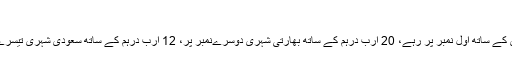
پاکستانی چوتھے نمبر پر
مختصراً کہا جائے تو دبئی میں پراپرٹی کے شعبے میں مقامی افراد 34.4 ارب سرمایہ کاری کے ساتھ اول نمبر پر رہے، 20 ارب درہم کے ساتھ بھارتی شہری دوسرےنمبر پر، 12 ارب درہم کے ساتھ سعودی شہری تیسرے نمبر پر اور 7 ارب درہم سرمایہ کاری کے ساتھ پاکستانی سرمایہ کار چوتھے نمبر پر ہیں۔